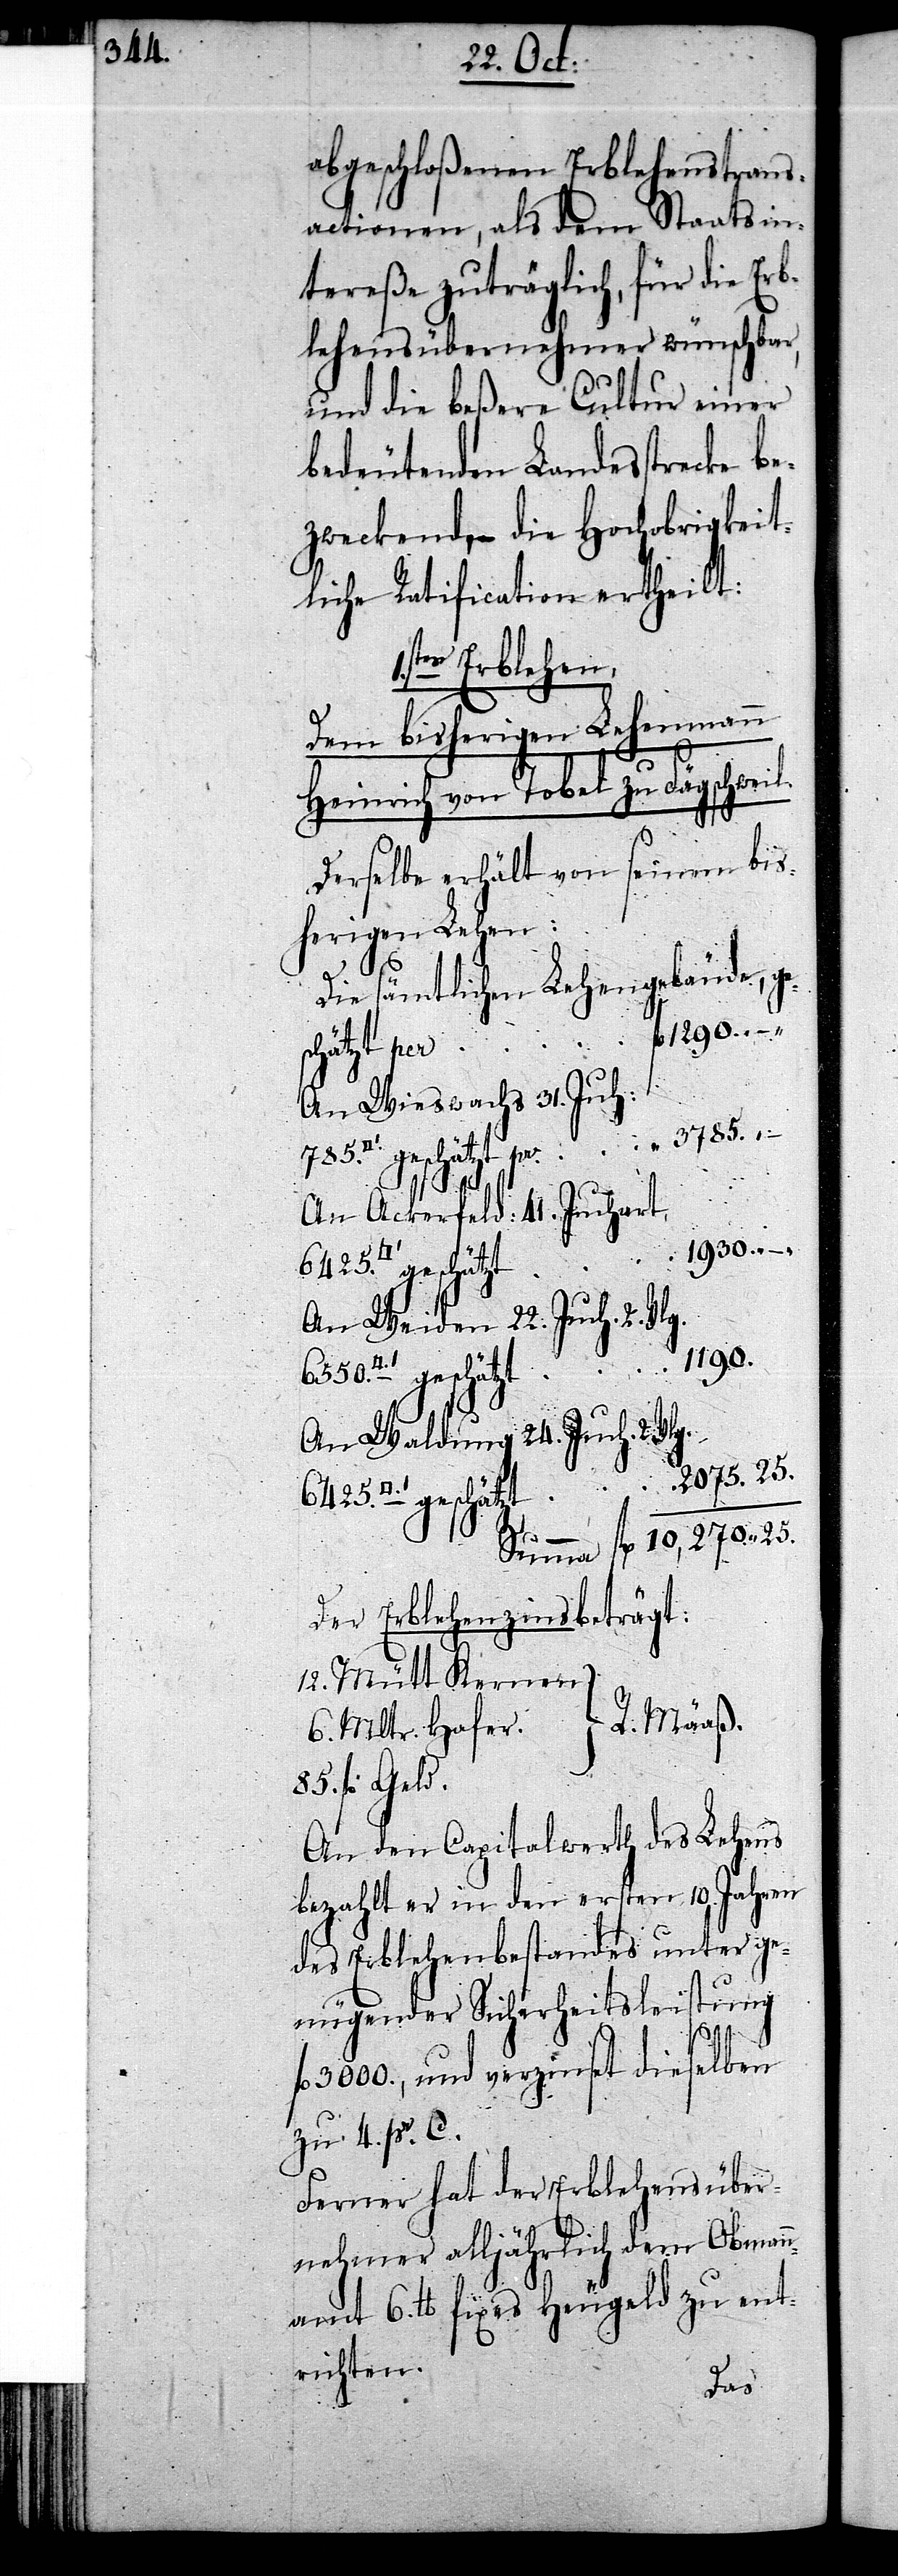
abgeschloßenen Erblehenstrans¬
actionen, als dem Staatsin¬
tereße zuträglich, für die Er¬
blehensübernehmer wünschbar,
und die beßere Cultur einer
bedeutenden Landesstrecke be¬
zweckende, – die Hochobrigkeit¬
liche Ratification ertheilt:
tes Erblehen,
dem bisherigen Lehenmann
Heinrich von Tobel zu Fägschweil.
Derselbe erhält von seinem bis¬
herigen Lehen:
Die sämtlichen Lehengebäude, g¬
1290. –
[Quadr¬
schätzt pro
An Wieswachs 31. Juch:
3785. –
Vlg.
An Ackerfeld: 41 Juchart,
1930. –
“
An Weiden 22. Juch. 2.
1190.
An Waldung 24. Juch. 2.
2075.25
atfuss] geschätzt
Der Erblehenzins beträgt:
12. Mütt Kernen.
R. Mäaß.
6. Mltr. Hafer.
85. fl Geld.
An den Capitalwerth des Lehens
bezahlt er in den ersten 10. Jahren
des Erblehenbestandes unter ge¬
nügender Sicherheitsleistung
fl.
fl 3000., und verzinset dieselben
zu 4. pr. C.
Ferner hat der Erblehensüber¬
nehmer alljährlich dem Obman¬
namt 6. £ fixes Heugeld zu ent¬
richten.